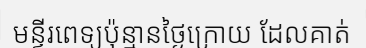
មន្ទីរពេទ្យប៉ុន្មានថ្ងៃក្រោយ ដែលគាត់